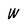
Character: W